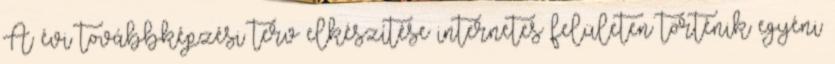
A évi továbbképzési terv elkészítése internetes felületen történik egyéni